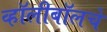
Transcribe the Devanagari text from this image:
व्हॉलीबॉलचे